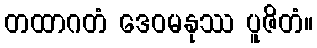
တထာဂတံ ဒေဝမနုဿ ပူဇိတံ။